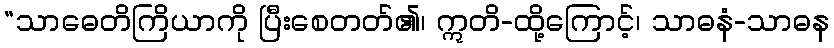
“သာဓေတိကြိယာကို ပြီးစေတတ်၏၊ ဣတိ-ထို့ကြောင့်၊ သာဓနံ-သာဓန